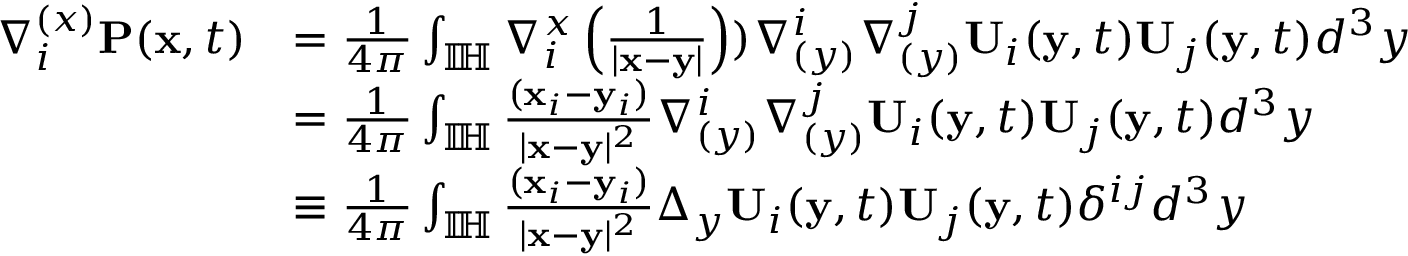
\begin{array} { r l } { \nabla _ { i } ^ { ( x ) } \mathbf { P } ( \mathbf { x } , t ) } & { = \frac { 1 } { 4 \pi } \int _ { \mathbb { I \! H } } \nabla _ { i } ^ { x } \left( \frac { 1 } { | \mathbf { x } - \mathbf { y } | } \right) ) \nabla _ { ( y ) } ^ { i } \nabla _ { ( y ) } ^ { j } { \mathbf { U } } _ { i } ( \mathbf { y } , t ) { \mathbf { U } } _ { j } ( \mathbf { y } , t ) d ^ { 3 } y } \\ & { = \frac { 1 } { 4 \pi } \int _ { \mathbb { I \! H } } \frac { ( \mathbf { x } _ { i } - \mathbf { y } _ { i } ) } { | \mathbf { x } - \mathbf { y } | ^ { 2 } } \nabla _ { ( y ) } ^ { i } \nabla _ { ( y ) } ^ { j } { \mathbf { U } } _ { i } ( \mathbf { y } , t ) { \mathbf { U } } _ { j } ( \mathbf { y } , t ) d ^ { 3 } y } \\ & { \equiv \frac { 1 } { 4 \pi } \int _ { \mathbb { I \! H } } \frac { ( \mathbf { x } _ { i } - \mathbf { y } _ { i } ) } { | \mathbf { x } - \mathbf { y } | ^ { 2 } } \Delta _ { y } \mathbf { U } _ { i } ( \mathbf { y } , t ) \mathbf { U } _ { j } ( \mathbf { y } , t ) \delta ^ { i j } d ^ { 3 } y } \end{array}